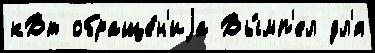
кВт обраще́н'иjа Вы́мп'ел дл'я